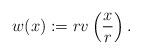
LaTeX: \begin{align*}w(x):= rv\left(\frac{x}{r}\right).\end{align*}